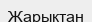
Жарықтан